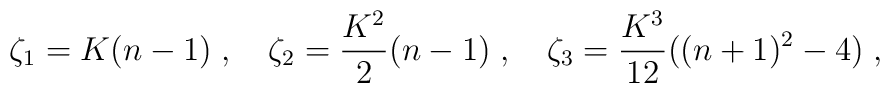
\zeta_1 = K(n-1) \;,\quad \zeta_2 = \frac{K^2}{2} (n-1) \;,\quad \zeta_3 = \frac{K^3}{12}\big( (n+1)^2 -4 \big)\;,